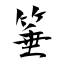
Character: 箠